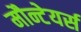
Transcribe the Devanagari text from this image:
मौन्टेयर्स